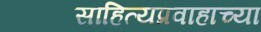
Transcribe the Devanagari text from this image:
साहित्यप्रवाहाच्या